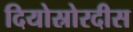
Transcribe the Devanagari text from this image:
दियोस्रोरदीस